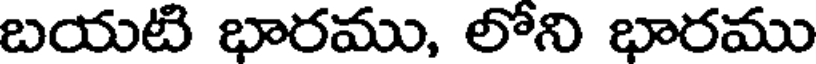
బయటి భారము, లోని భారము